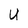
Character: U